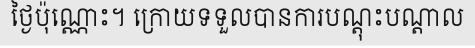
ថ្ងៃប៉ុណ្ណោះ។ ក្រោយទទួលបានការបណ្តុះបណ្តាល